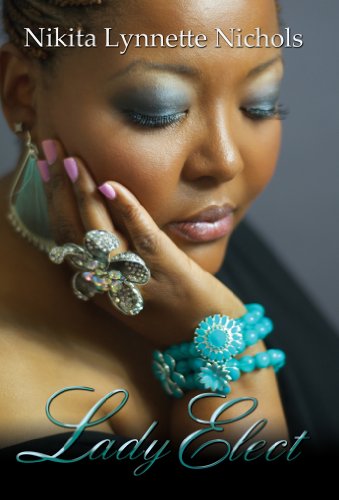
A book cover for Lady Elect (Urban Christian); Nikita Lynnette Nichols; Literature & Fiction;